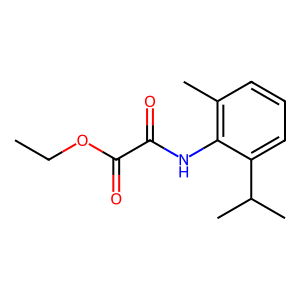
SMILES: CCOC(=O)C(=O)Nc1c(C)cccc1C(C)C
Inhibits HIV replication: No